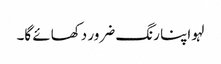
لہو اپنا رنگ ضرور دکھائے گا۔